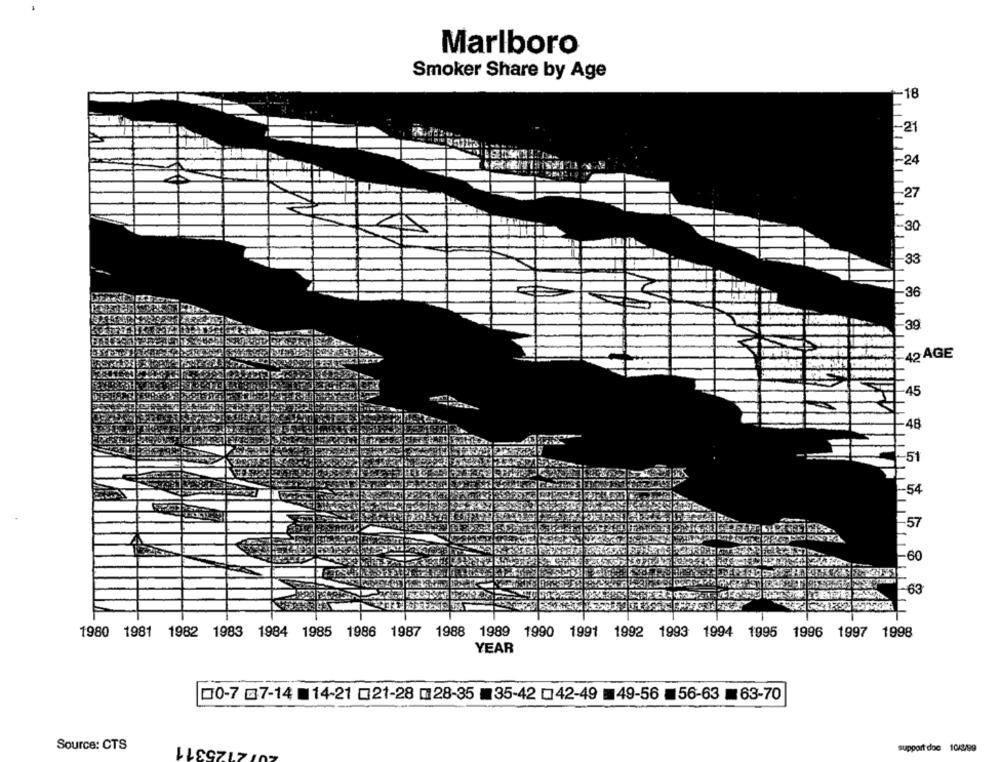
Marlboro
Smoker Share by Age
-18
-21
-24
-27
30
33
36
39
42 AGE
-45
48
-51
-54
57
60
-63
1980 1981 1982 1983 1984 1985 1986 1987 1988 1989 1990 1991 1992 1993 1994 1995 1996 1997 1998
YEAR
00-7 07-14 14-21 0321-28 [ 28-35 35-42 042-49 49-56 56-63 63-70
25311
Source: CTS
support doo 10/3/99